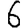
Digit: 6